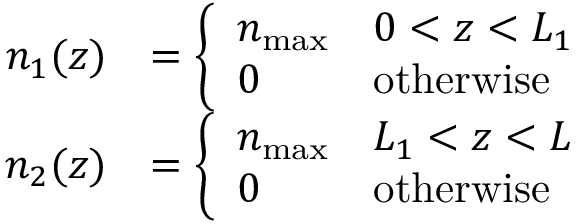
\begin{array} { r l } { n _ { 1 } ( z ) } & { = \left\{ \begin{array} { l l } { n _ { \mathrm { m a x } } } & { 0 < z < L _ { 1 } } \\ { 0 } & { \mathrm { o t h e r w i s e } } \end{array} \right. } \\ { n _ { 2 } ( z ) } & { = \left\{ \begin{array} { l l } { n _ { \mathrm { m a x } } } & { L _ { 1 } < z < L } \\ { 0 } & { \mathrm { o t h e r w i s e } } \end{array} \right. } \end{array}